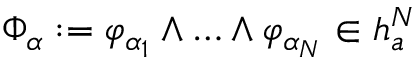
\Phi _ { \alpha } : = \varphi _ { \alpha _ { 1 } } \wedge \ldots \wedge \varphi _ { \alpha _ { N } } \in \mathfrak { h } _ { a } ^ { N }